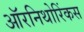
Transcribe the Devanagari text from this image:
ऑरनिथोरिंकस